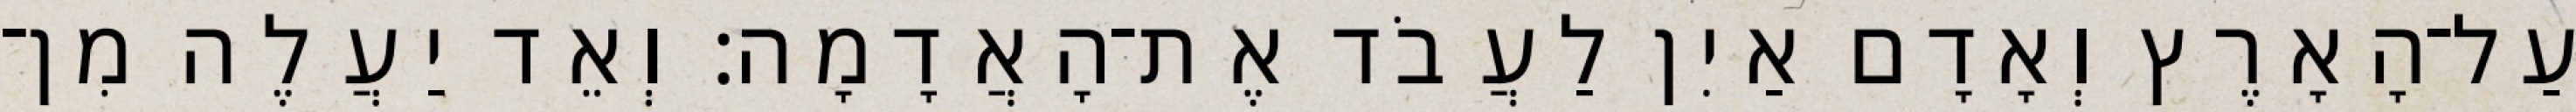
עַל־הָאָרֶץ וְאָדָם אַיִן לַעֲבֹד אֶת־הָאֲדָמָה׃ וְאֵד יַעֲלֶה מִן־